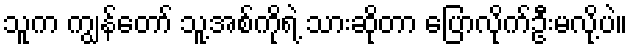
သူက ကျွန်တော် သူ့အစ်ကိုရဲ့ သားဆိုတာ ပြောလိုက်ဦးမလို့ပဲ။